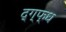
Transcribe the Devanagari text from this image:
द्ग्फ्ध